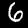
Digit: 6